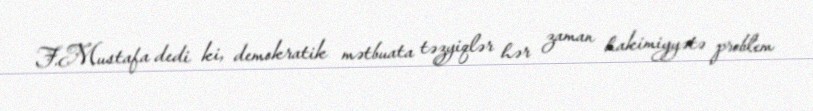
F.Mustafa dedi ki, demokratik mətbuata təzyiqlər hər zaman hakimiyyətə problem